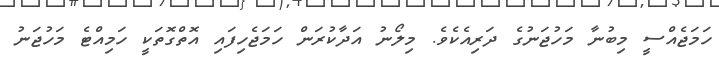
ހަމަޖެއްސީ މިބުނާ މަހުޖަނުގެ ދަރިއެކެވެ. މިލޯނު އަދާކުރަން ހަމަޖެހިފައި އޮތްގޮތަކީ ހަމިއްޓެ މަހުޖަނު